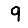
Digit: 9